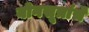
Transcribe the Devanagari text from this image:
योगसूत्रांचे